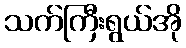
သက်ကြီးရွယ်အို